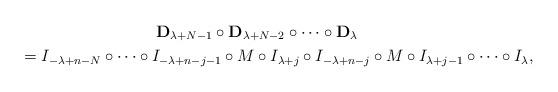
LaTeX: \begin{gather*}{\mathbf D}_{\lambda+N-1} \circ {\mathbf D}_{\lambda+N-2} \circ \dots \circ {\mathbf D}_\lambda\\\qquad{} =I_{-\lambda+n-N} \circ\dots \circ I_{-\lambda+n-j-1} \circ M\circ I_{\lambda+j}\circ I_{-\lambda+n-j} \circ M \circ I_{\lambda+j-1}\circ \dots\circ I_\lambda,\end{gather*}